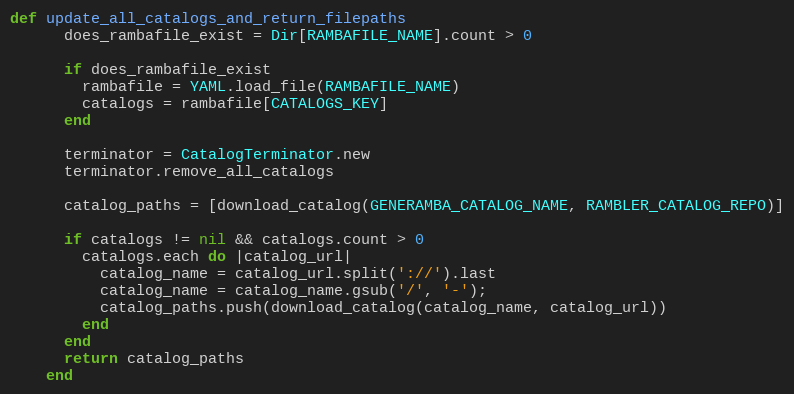
Language: Ruby
def update_all_catalogs_and_return_filepaths
      does_rambafile_exist = Dir[RAMBAFILE_NAME].count > 0

      if does_rambafile_exist
        rambafile = YAML.load_file(RAMBAFILE_NAME)
        catalogs = rambafile[CATALOGS_KEY]
      end

      terminator = CatalogTerminator.new
      terminator.remove_all_catalogs

      catalog_paths = [download_catalog(GENERAMBA_CATALOG_NAME, RAMBLER_CATALOG_REPO)]

      if catalogs != nil && catalogs.count > 0
        catalogs.each do |catalog_url|
          catalog_name = catalog_url.split('://').last
          catalog_name = catalog_name.gsub('/', '-');
          catalog_paths.push(download_catalog(catalog_name, catalog_url))
        end
      end
      return catalog_paths
    end